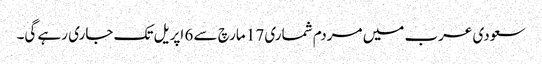
سعودی عرب میں مردم شماری 17 مارچ سے 6 اپریل تک جاری رہے گی۔